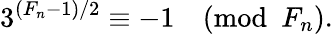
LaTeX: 3^{(F_{n}-1)/2}\equiv-1{\pmod{F_{n}}}.